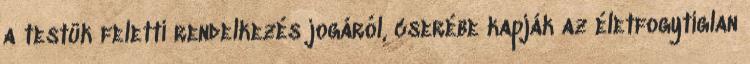
a testük feletti rendelkezés jogáról, cserébe kapják az életfogytiglan